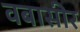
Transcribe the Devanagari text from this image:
वबासीर